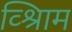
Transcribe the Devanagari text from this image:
व्श्रिाम